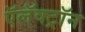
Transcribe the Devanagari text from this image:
ऍलॅक्ट्रॉन